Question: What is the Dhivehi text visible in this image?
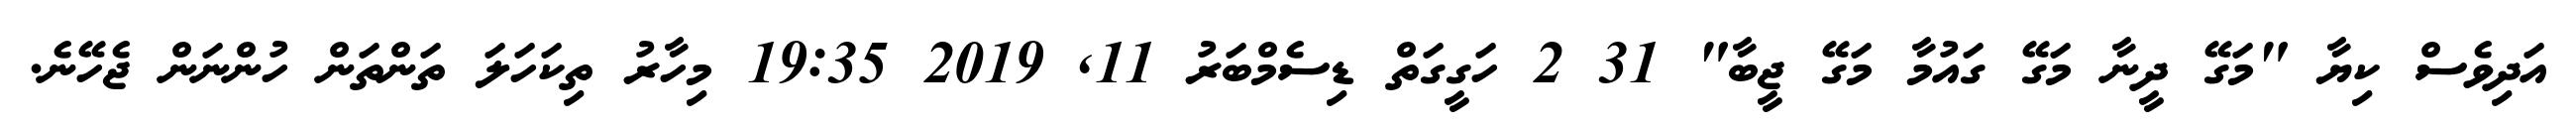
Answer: އަދިވެސް ކިޔާ "މަގޭ ދީނާ މަގޭ ގައުމާ މަގޭ ޖީބާ" 31 2 ހަގީގަތް ޑިސެމްބަރު 11, 2019 19:35 މިހާރު ތިކަހަލަ ތަންތަން ހުންނަން ޖެހޭނެ.